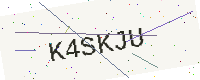
Text: K4SKJU